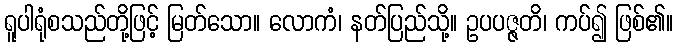
ရူပါရုံစသည်တို့ဖြင့် မြတ်သော။ လောကံ၊ နတ်ပြည်သို့။ ဥပပဇ္ဇတိ၊ ကပ်၍ ဖြစ်၏။